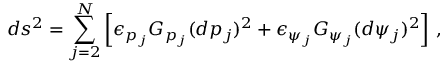
d s ^ { 2 } = \sum _ { j = 2 } ^ { N } \left[ \epsilon _ { p _ { j } } G _ { p _ { j } } ( d p _ { j } ) ^ { 2 } + \epsilon _ { \psi _ { j } } G _ { \psi _ { j } } ( d \psi _ { j } ) ^ { 2 } \right] \, ,